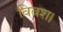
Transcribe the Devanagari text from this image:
विवश।